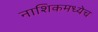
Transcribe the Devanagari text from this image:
नाशिकमध्येच